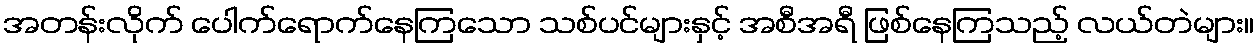
အတန်းလိုက် ပေါက်ရောက်နေကြသော သစ်ပင်များနှင့် အစီအရီ ဖြစ်နေကြသည့် လယ်တဲများ။